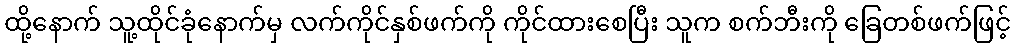
ထို့နောက် သူ့ထိုင်ခုံနောက်မှ လက်ကိုင်နှစ်ဖက်ကို ကိုင်ထားစေပြီး သူက စက်ဘီးကို ခြေတစ်ဖက်ဖြင့်